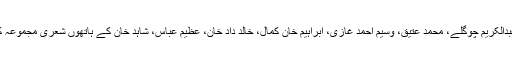
اس موقع پرقطر کے باذوق محبان اردو کی موجودگی میں حسن عبدالکریم چوگلے، محمد عتیق، وسیم احمد غازی، ابراہیم خان کمال، خالد داد خان، عظیم عباس، شاہد خان کے ہاتھوں شعری مجموعہ کی رونمائی ہوئی اور مشاعرہ کی ڈی وی ڈی کا اجراعمل میں آیا۔